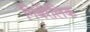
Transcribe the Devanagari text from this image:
गिबेरेलिक